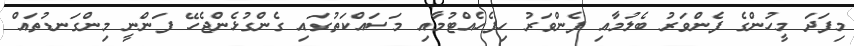
މިފަދަ މީހުންގެ ފެންވަރު ބެލުމާއި ފެންވަރު ހިފެހެއްޓުމާއި މަސައްކަތުގައި ގެންގުޅެންޖެހޭ ފަންނީ މިންގަނޑުތައް